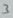
Text: 3